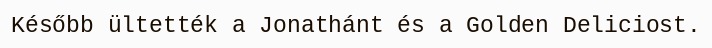
Később ültették a Jonathánt és a Golden Deliciost.